Vaccination in Bombay 1856-1862 - 1856-1862
Year: 1856
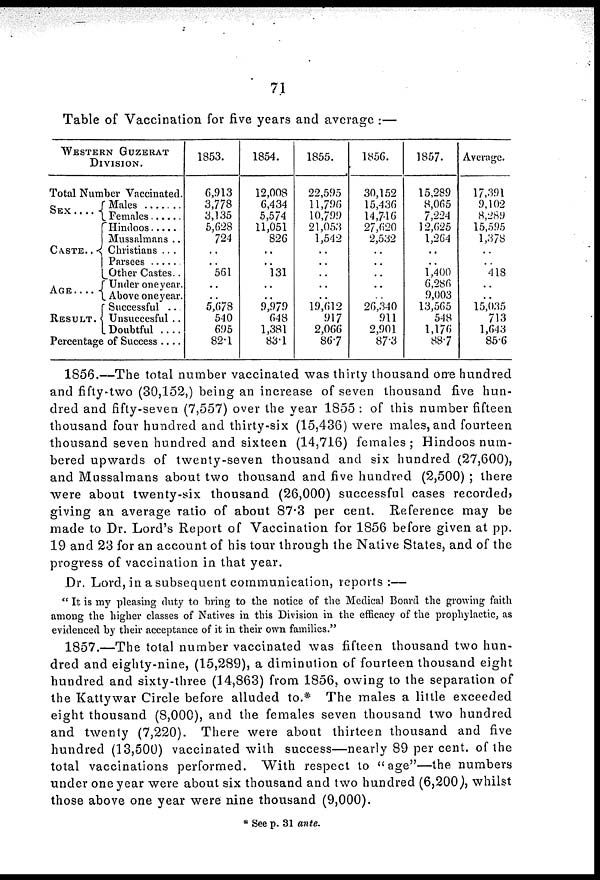
71
Table of Vaccination for five years and average :—
WESTERN GUZERAT
DIVISION.
Total Number Vaccinated.
SEX . . . .
CASTE . .
AGE . . . .
RESULT .
Males . . . .
Females . . . . .
Christians . . . .
Mussulmans . .
Christians . . .
Parsees . . . . .
Other Castes . .
Under one year.
Above one year.
Successful . .
Unsuccesful . .
Doubtful . . .
Percentage of Success . . . .
1853.
6,913
3,778
3,135
5,628
724
..
..
561
..
..
5,678
540
695
82.1
1854.
12,008
6,434
5,574
11,051
826
..
..
131
..
..
9,979
648
1,381
83.1
1855.
22,595
11,796
10,799
21,053
1,542
..
..
..
..
..
19,612
917
2,066
86.7
1856.
30,152
15,436
14,716
27,620
2,532
..
..
..
..
..
26,340
911
2,901
87.3
1857.
15,289
8,065
7,224
12,625
1,264
..
..
1,400
6,286
9,003
13,565
548
1,176
88.7
Average.
17,391
9,102
8,289
15,595
1,378
..
..
418
..
..
15,035
713
1,643
85.6
1856.—The total number vaccinated was thirty thousand one hundred
and fifty-two (30,152,) being an increase of seven thousand five hun-
dred and fifty-seven (7,557) over the year 1855 : of this number fifteen
thousand four hundred and thirty-six (15,436) were males, and fourteen
thousand seven hundred and sixteen (14,716) females ; Hindoos num-
bered upwards of twenty-seven thousand and six hundred (27,600),
and Mussalmans about two thousand and five hundred (2,500) ; there
were about twenty-six thousand (26,000) successful cases recorded,
giving an average ratio of about 87.3 per cent. Reference may be
made to Dr. Lord's Report of Vaccination for 1856 before given at pp.
19 and 23 for an account of his tour through the Native States, and of the
progress of vaccination in that year.
Dr. Lord, in a subsequent communication, reports :—
" It is my pleasing duty to bring to the notice of the Medical Board the growing faith
among the higher classes of Natives in this Division in the efficacy of the prophylactic, as
evidenced by their acceptance of it in their own families."
1857.—The total number vaccinated was fifteen thousand two hun-
dred and eighty-nine, (15,289), a diminution of fourteen thousand eight
hundred and sixty-three (14,863) from 1856, owing to the separation of
the Kattywar Circle before alluded to.* The males a little exceeded
eight thousand (8,000), and the females seven thousand two hundred
and twenty (7,220). There were about thirteen thousand and five
hundred (13,500) vaccinated with success—nearly 89 per cent. of the
total vaccinations performed. With respect to "age"—the numbers
under one year were about six thousand and two hundred (6,200), whilst
those above one year were nine thousand (9,000).
* See p. 31 ante.